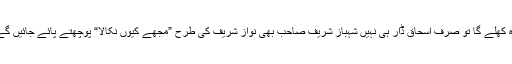
وہ کھلے گا تو صرف اسحاق ڈار ہی نہیں شہباز شریف صاحب بھی نواز شریف کی طرح ”مجھے کیوں نکالا“ پوچھتے پائے جائیں گے۔